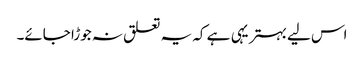
اس لیے بہتر یہی ہے کہ یہ تعلق نہ جوڑا جائے۔